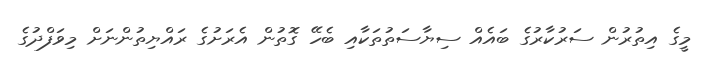
މީގެ އިތުރުން ސަރުކާރުގެ ބައެއް ސިޔާސަތުތަކާއި ބެހޭ ގޮތުން އެރަށުގެ ރައްޔިތުންނަށް މިވަފްދުގެ